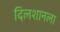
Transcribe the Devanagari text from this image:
दिलशानला